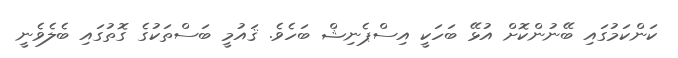
ކަންކަމުގައި ބޭނުންކޮށް އުޅޭ ބަހަކީ އިސްޕެނިޝް ބަހެވެ. ޤައުމީ ބަސްތަކުގެ ގޮތުގައި ބެލެވެނީ